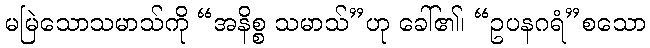
မမြဲသောသမာသ်ကို “အနိစ္စ သမာသ်”ဟု ခေါ်၏၊ “ဥပနဂရံ”စသော